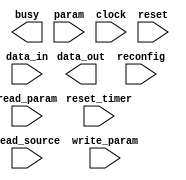

module remote_update (
	busy,
	data_out,
	param,
	read_param,
	reconfig,
	reset_timer,
	read_source,
	clock,
	reset,
	write_param,
	data_in);	

	output		busy;
	output	[28:0]	data_out;
	input	[2:0]	param;
	input		read_param;
	input		reconfig;
	input		reset_timer;
	input	[1:0]	read_source;
	input		clock;
	input		reset;
	input		write_param;
	input	[23:0]	data_in;
endmodule